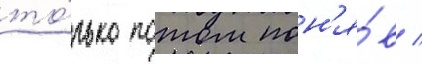
то́лько потом пон'я́в /